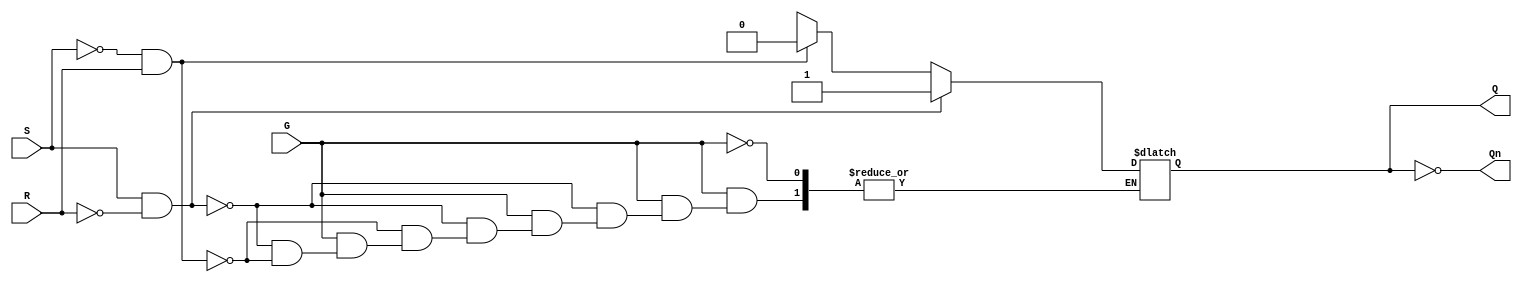
module gated_sr_latch (
    input wire S,    // Set input
    input wire R,    // Reset input
    input wire G,    // Gate input
    output reg Q,    // Output
    output wire Qn   // Complement of output
);

// Assign the complement of Q
assign Qn = ~Q;

// Always block to describe the behavior of the gated SR latch
always @(*) begin
    if (G) begin
        if (S && ~R) begin
            Q = 1;  // Set Q to 1
        end else if (~S && R) begin
            Q = 0;  // Reset Q to 0
        end else if (S && R) begin
            Q = Q;  // Indeterminate state (hold previous value)
        end
        // If both S and R are low, hold the previous state
    end
    // If G is low, hold previous state
end

endmodule